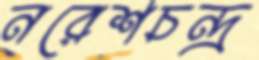
নরেশচন্দ্র